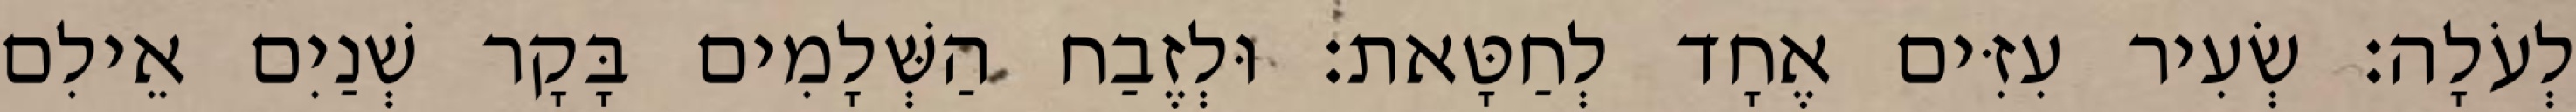
לְעֹלָה׃ שְׂעִיר עִזִּים אֶחָד לְחַטָּאת׃ וּלְזֶבַח הַשְּׁלָמִים בָּקָר שְׁנַיִם אֵילִם